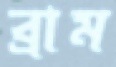
ব্রাম